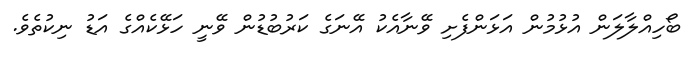
ބޯހިއްލާލަން އުޅުމުން އަޅަންފެށި ވޭނާއެކު އޭނަގެ ކަރުބުޑުން ވޭނީ ހަޅޭކެއްގެ އަޑު ނިކުތެވެ.